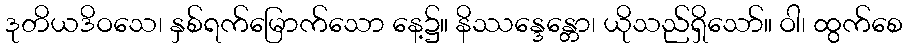
ဒုတိယဒိဝသေ၊ နှစ်ရက်မြောက်သော နေ့၌။ နိဿန္ဒေန္တော၊ ယိုသည်ရှိသော်။ ဝါ၊ ထွက်စေ